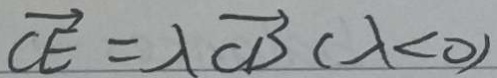
\overrightarrow { C E } = \lambda \overrightarrow { C D } ( \lambda < 0 )